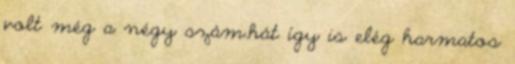
volt még a négy szám.hát í­gy is elég harmatos